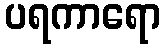
ပရကာရော